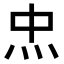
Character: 𤆪